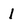
Character: l